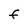
Character: F